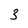
Character: 3